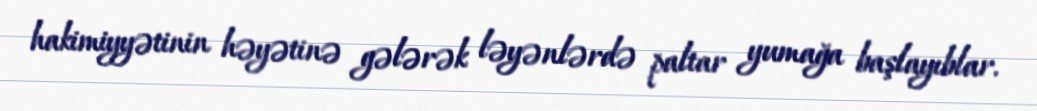
hakimiyyətinin həyətinə gələrək ləyənlərdə paltar yumağa başlayıblar.